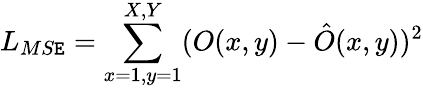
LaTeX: L_{MS\mathtt{E}}=\sum_{x=1,y=1}^{X,Y}(O(x,y)-\hat{{O}}(x,y))^{2}